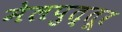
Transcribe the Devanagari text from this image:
मेलपुत्तूर